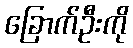
ခြောက်ဦးကို